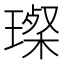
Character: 𤨪